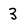
Character: 3